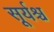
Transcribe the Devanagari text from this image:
सूर्यश्च